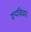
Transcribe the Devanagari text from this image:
रूपविचार